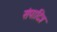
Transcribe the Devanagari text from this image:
संपादित्र